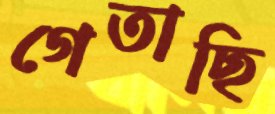
গেতাছি